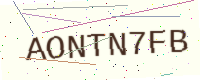
Text: AONTN7FB